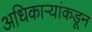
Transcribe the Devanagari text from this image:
अधिकार्‍यांकडून